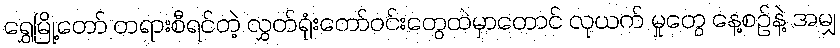
ရွှေမြို့တော် တရားစီရင်တဲ့ လွှတ်ရုံးတော်ဝင်းတွေထဲမှာတောင် လုယက် မှုတွေ နေ့စဉ်နဲ့ အမျှ